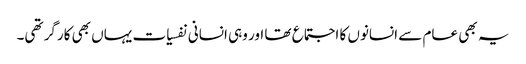
یہ بھی عام سے انسانوں کا اجتماع تھا اور وہی انسانی نفسیات یہاں بھی کارگر تھی۔